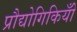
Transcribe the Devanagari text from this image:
प्रौद्योगिकियोँ